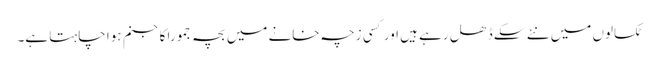
ٹکسالوں میں نئے سکے ڈھل رہے ہیں اور کسی زچہ خانے میں بچہ جمورا کاجنم ہوا چاہتا ہے۔